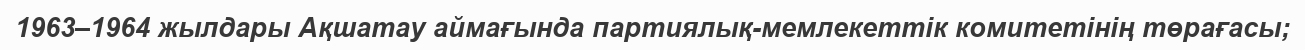
1963–1964 жылдары Ақшатау аймағында партиялық-мемлекеттік комитетінің төрағасы;